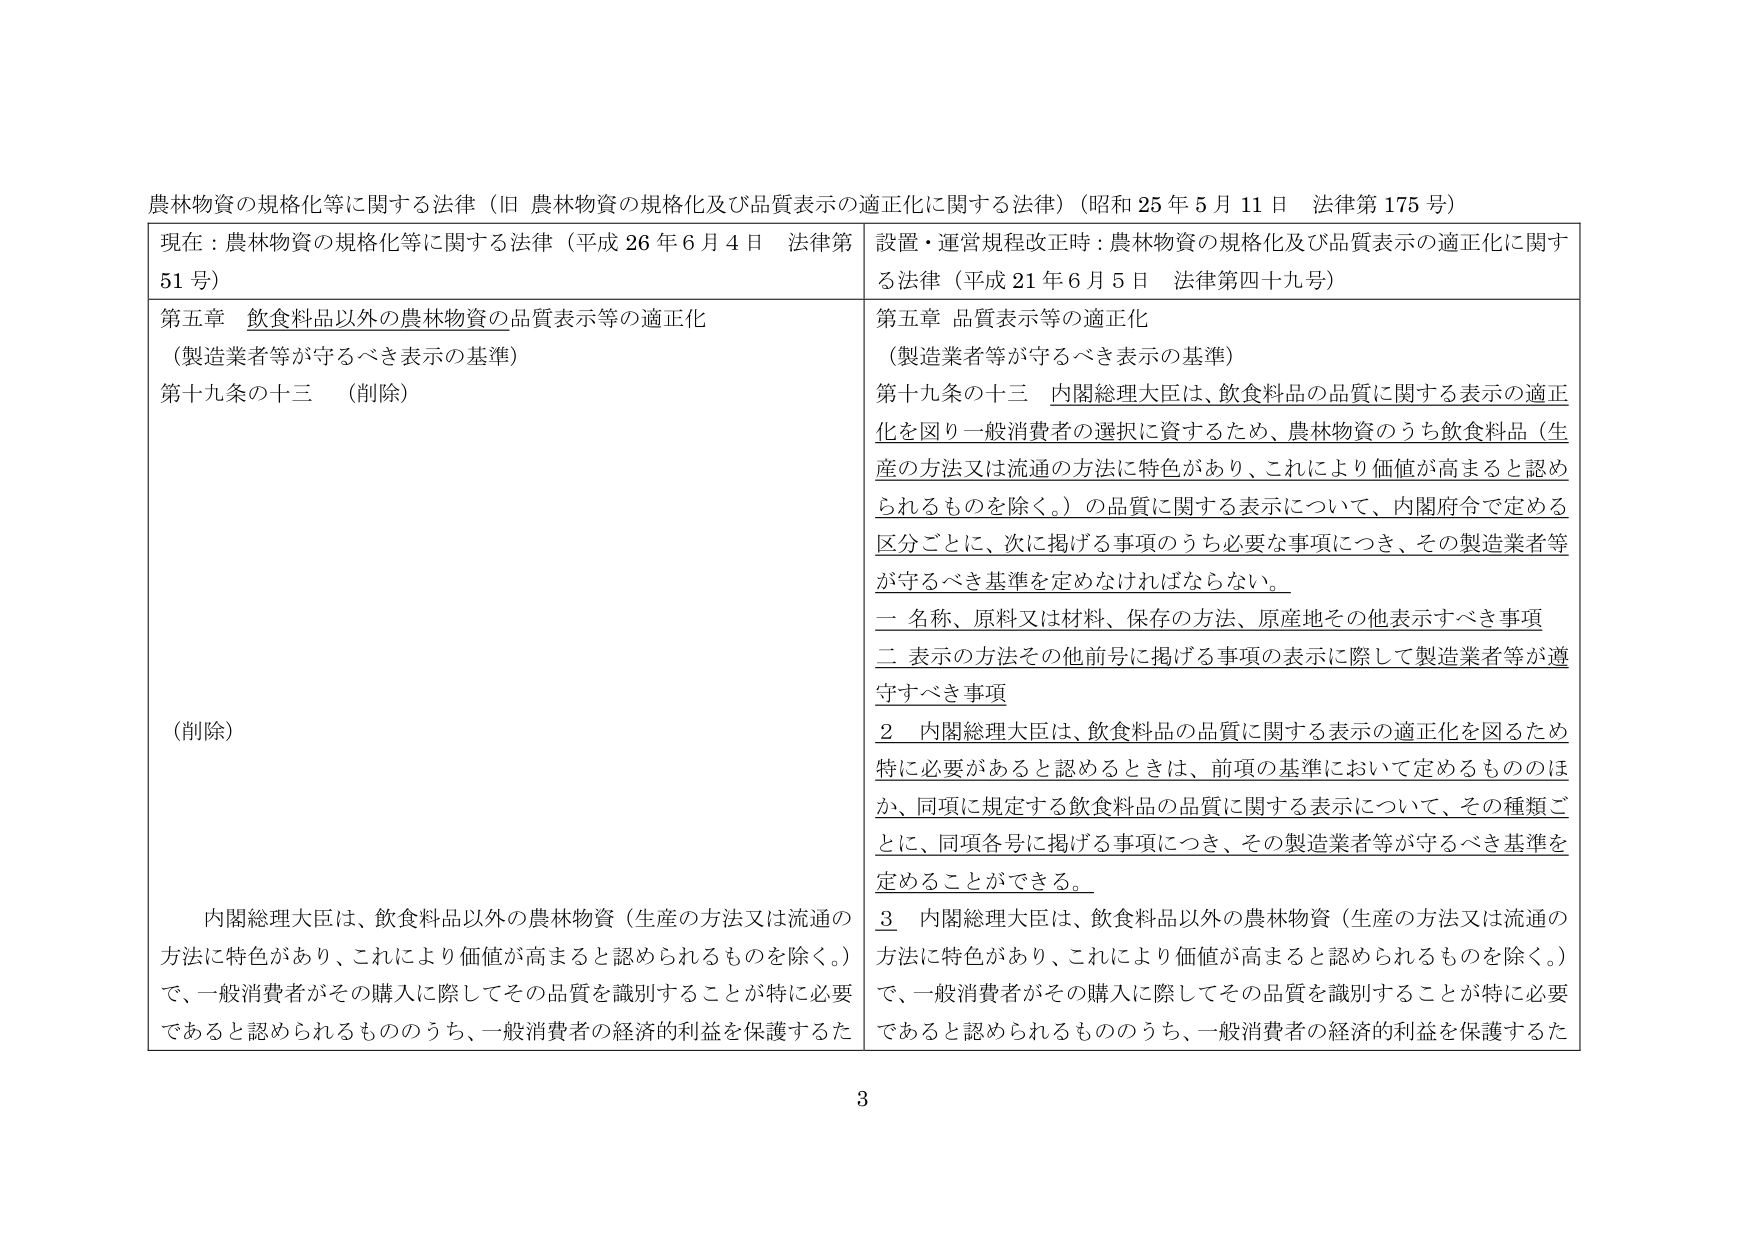
農林物資の規格化等に関する法律（旧 農林物資の規格化及び品質表示の適正化に関する法律）（昭和25年5月11日 法律第175号）

現在：農林物資の規格化等に関する法律（平成26年6月4日 法律第51号）

第五章 飲食料品以外の農林物資の品質表示等の適正化
（製造業者等が守るべき表示の基準）

第十九条の十三 （削除）

（削除）

内閣総理大臣は、飲食料品以外の農林物資（生産の方法又は流通の方法に特色があり、これにより価値が高まると認められるものを除く。）で、一般消費者がその購入に際してその品質を識別することが特に必要であると認められるもののうち、一般消費者の経済的利益を保護するた

設置・運営規程改正時：農林物資の規格化及び品質表示の適正化に関する法律（平成21年6月5日 法律第四十九号）

第五章 品質表示等の適正化
（製造業者等が守るべき表示の基準）

第十九条の十三 内閣総理大臣は、飲食料品の品質に関する表示の適正化を図り一般消費者の選択に資するため、農林物資のうち飲食料品（生産の方法又は流通の方法に特色があり、これにより価値が高まると認められるものを除く。）の品質に関する表示について、内閣府令で定める区分ごとに、次に掲げる事項のうち必要な事項につき、その製造業者等が守るべき基準を定めなければならない。

一 名称、原料又は材料、保存の方法、原産地その他表示すべき事項
二 表示の方法その他前号に掲げる事項の表示に際して製造業者等が遵守すべき事項

2 内閣総理大臣は、飲食料品の品質に関する表示の適正化を図るため特に必要があると認めるときは、前項の基準において定めるもののほか、同項に規定する飲食料品の品質に関する表示について、その種類ごとに、同項各号に掲げる事項につき、その製造業者等が守るべき基準を定めることができる。

3 内閣総理大臣は、飲食料品以外の農林物資（生産の方法又は流通の方法に特色があり、これにより価値が高まると認められるものを除く。）で、一般消費者がその購入に際してその品質を識別することが特に必要であると認められるもののうち、一般消費者の経済的利益を保護するた

3